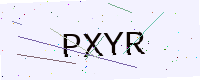
Text: PXYR